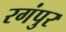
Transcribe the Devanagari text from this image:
रगंपुर